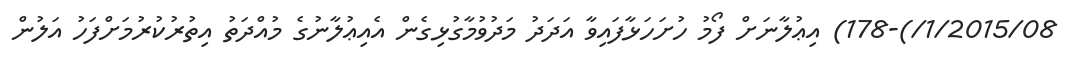
1/2015/08/)-178) އިޢުލާނަށް ފޯމު ހުށަހަޅާފައިވާ އަދަދު މަދުވުމާގުޅިގެން އެއިޢުލާނުގެ މުއްދަތު އިތުރުކުރުމަށްފަހު އަލުން